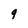
Character: 9